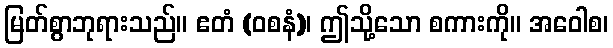
မြတ်စွာဘုရားသည်။ ဧတံ (ဝစနံ)၊ ဤသို့သော စကားကို။ အဝေါစ၊